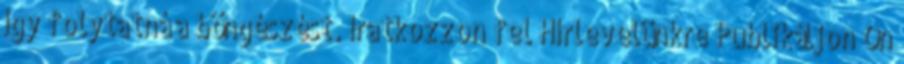
így folytatná a böngészést. Iratkozzon fel Hírlevelünkre Publikáljon Ön